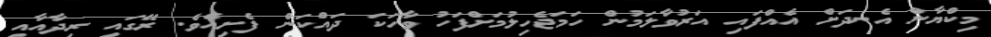
މިކްޔާން އެނދަށް އެއްފައި އަރުވާލަމުން ހަމަޖެހިލުމަށްފަހު ވާހަކަ ދައްކަން ފެށިއެވެ. ރޭގައި ރިދާއާއި